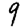
Digit: 9